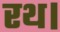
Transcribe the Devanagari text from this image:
रथ।